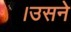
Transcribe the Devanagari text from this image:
।उसने